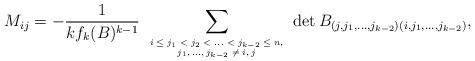
LaTeX: \begin{align*}M_{ij}=-\frac{1}{kf_k(B)^{k-1}} \sum_{\mbox{\tiny$\begin{array}{c}i\leq j_1<j_2<...<j_{k-2}\leq n,\\j_1,...,j_{k-2} \neq i,j \end{array}$}}\det{B_{(j,j_1,...,j_{k-2})(i,j_1,...,j_{k-2})}},\end{align*}